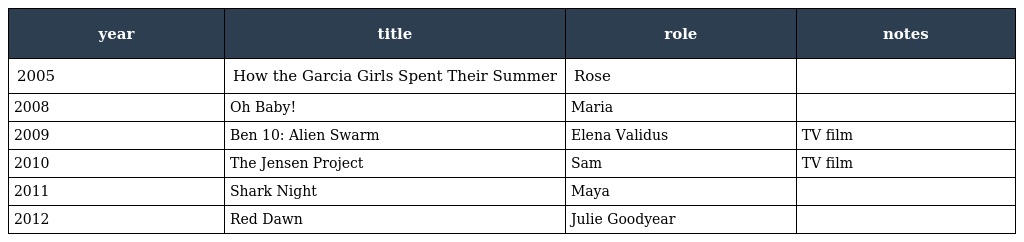
| year | title | role | notes |
 | --- | --- | --- | --- |
 | 2005 | How the Garcia Girls Spent Their Summer | Rose |  |
 | 2008 | Oh Baby! | Maria |  |
 | 2009 | Ben 10: Alien Swarm | Elena Validus | TV film |
 | 2010 | The Jensen Project | Sam | TV film |
 | 2011 | Shark Night | Maya |  |
 | 2012 | Red Dawn | Julie Goodyear |  |